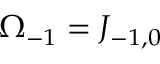
\Omega _ { - 1 } = J _ { - 1 , 0 }